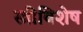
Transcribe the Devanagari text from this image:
स्त्रीविशेष